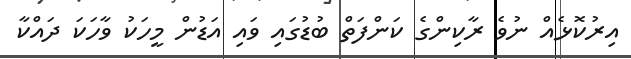
އިރުކޮޅެއް ނުވެ ރާކިންގެ ކަންފަތް ބުޑުގައި ވައި އަޑުން މީހަކު ވާހަކަ ދައްކާ